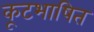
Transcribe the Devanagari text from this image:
कूटभाषित